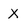
Character: X